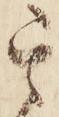
其